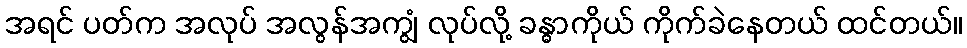
အရင် ပတ်က အလုပ် အလွန်အကျွံ လုပ်လို့ ခန္ဓာကိုယ် ကိုက်ခဲနေတယ် ထင်တယ်။